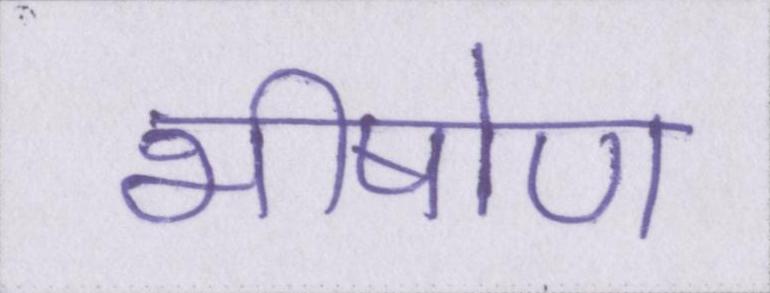
भीषोण